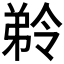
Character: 𭚾